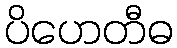
ပိဟေတီဓ